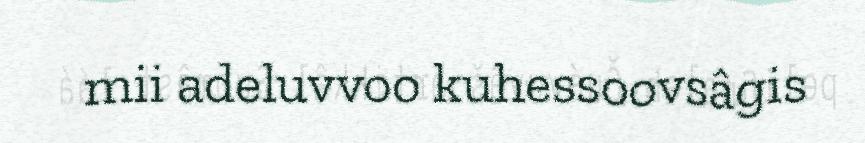
mii adeluvvoo kuhessoovsâgis